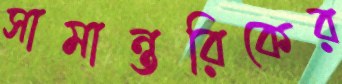
সামান্তরিকের